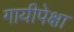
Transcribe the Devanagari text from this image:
गायीपेक्षा